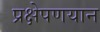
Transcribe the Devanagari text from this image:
प्रक्षेपणयान